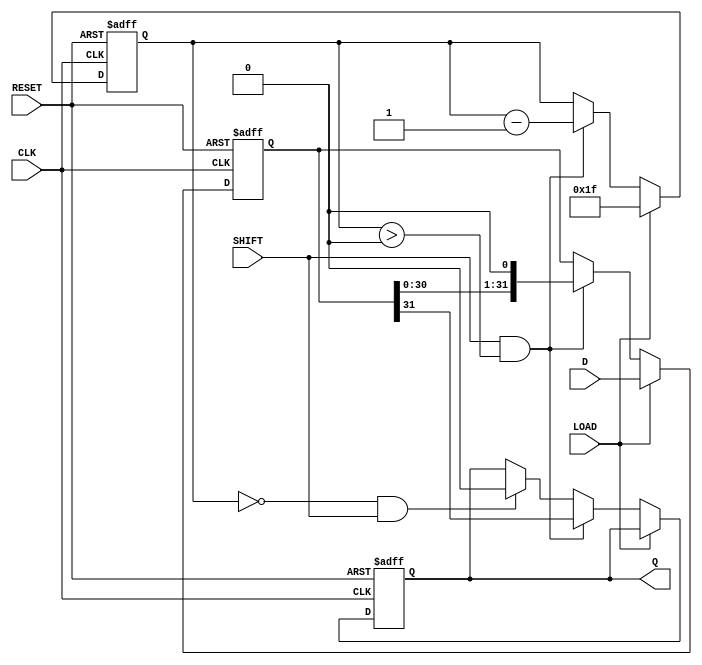
module PISO_32bit (
    input wire [31:0] D,      // 32-bit parallel input data
    input wire LOAD,          // Load control signal
    input wire SHIFT,         // Shift control signal
    input wire CLK,           // Clock signal
    input wire RESET,         // Reset signal
    output reg Q              // Serial output
);

    reg [31:0] shift_reg;     // Internal shift register to hold the data
    reg [4:0] count;          // Bit counter for the shifting process

    always @(posedge CLK or posedge RESET) begin
        if (RESET) begin
            // Reset the shift register and output
            shift_reg <= 32'b0;
            Q <= 1'b0;
            count <= 5'b0;    // Initialize bit counter
        end else begin
            if (LOAD) begin
                // Load data into the shift register
                shift_reg <= D;
                count <= 5'd31; // Set count to the highest index
            end else if (SHIFT && count > 0) begin
                // Shift data out serially
                Q <= shift_reg[31];                     // Output the MSB
                shift_reg <= shift_reg << 1;           // Shift left
                count <= count - 1;                     // Decrement bit counter
            end else if (count == 0 && SHIFT) begin
                // When all bits have been shifted out
                Q <= 1'b0;  // Output zero after the last bit
            end
        end
    end

endmodule